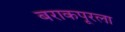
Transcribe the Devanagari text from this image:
बराकपूरला